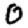
Digit: 0